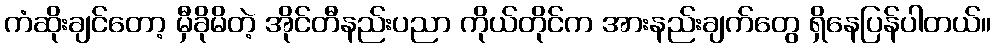
ကံဆိုးချင်တော့ မှီခိုမိတဲ့ အိုင်တီနည်းပညာ ကိုယ်တိုင်က အားနည်းချက်တွေ ရှိနေပြန်ပါတယ်။